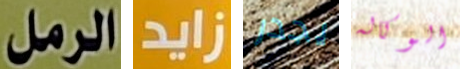
الرمل زايد يجدر الوكاله